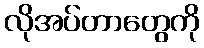
လိုအပ်တာတွေကို